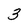
Character: 3